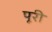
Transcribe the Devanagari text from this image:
पूूरी